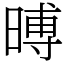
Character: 㬍